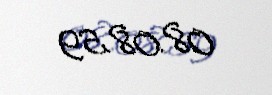
08.08.59